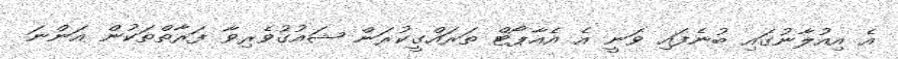
އެ އިއުލާނުގައި ބުނެފައި ވަނީ އެ އެއާޕޯޓް ތަރައްގީކުރަން ޝައުގުވެރިވާ ފަރާތްތަކުން އަންނަ